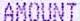
AMOUNT